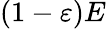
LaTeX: \left(1-\varepsilon\right)E